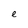
Character: e